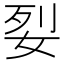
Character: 姴